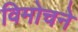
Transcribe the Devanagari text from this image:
विमोचने